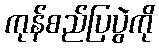
ကုန်စည်ပြပွဲကို